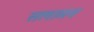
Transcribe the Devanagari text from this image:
सलामन